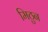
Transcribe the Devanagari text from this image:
मिठुन